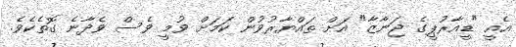
އެއީ "ޑީއާރުޕީގެ ޖަނާޒާ" އަށް ތައްޔާރުވުން ކަމަށް ވުމީ ވެސް ވެދާނެ ގޮތެކެވެ.